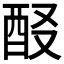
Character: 𨠈